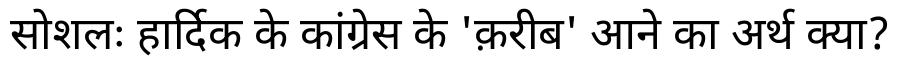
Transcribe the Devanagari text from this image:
सोशलः हार्दिक के कांग्रेस के 'क़रीब' आने का अर्थ क्या?